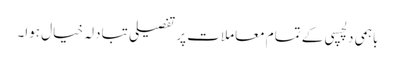
باہمی دلچسپی کے تمام معاملات پر تفصیلی تبادلہ خیال ہوا۔